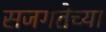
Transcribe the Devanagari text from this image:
सजगतेच्या